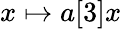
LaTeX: x\mapsto a[3]x